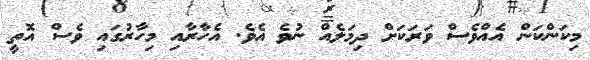
މިކަންކަން އެއްވެސް ވަރަކަށް ދިމަލެއް ނުވެ އެވެ. އެހާރާއި މިހާރުގައި ވެސް އޮތީ